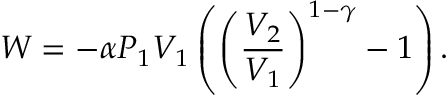
W = - \alpha P _ { 1 } V _ { 1 } \left( \left( { \frac { V _ { 2 } } { V _ { 1 } } } \right) ^ { 1 - \gamma } - 1 \right) .